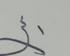
Signature authenticity: forged